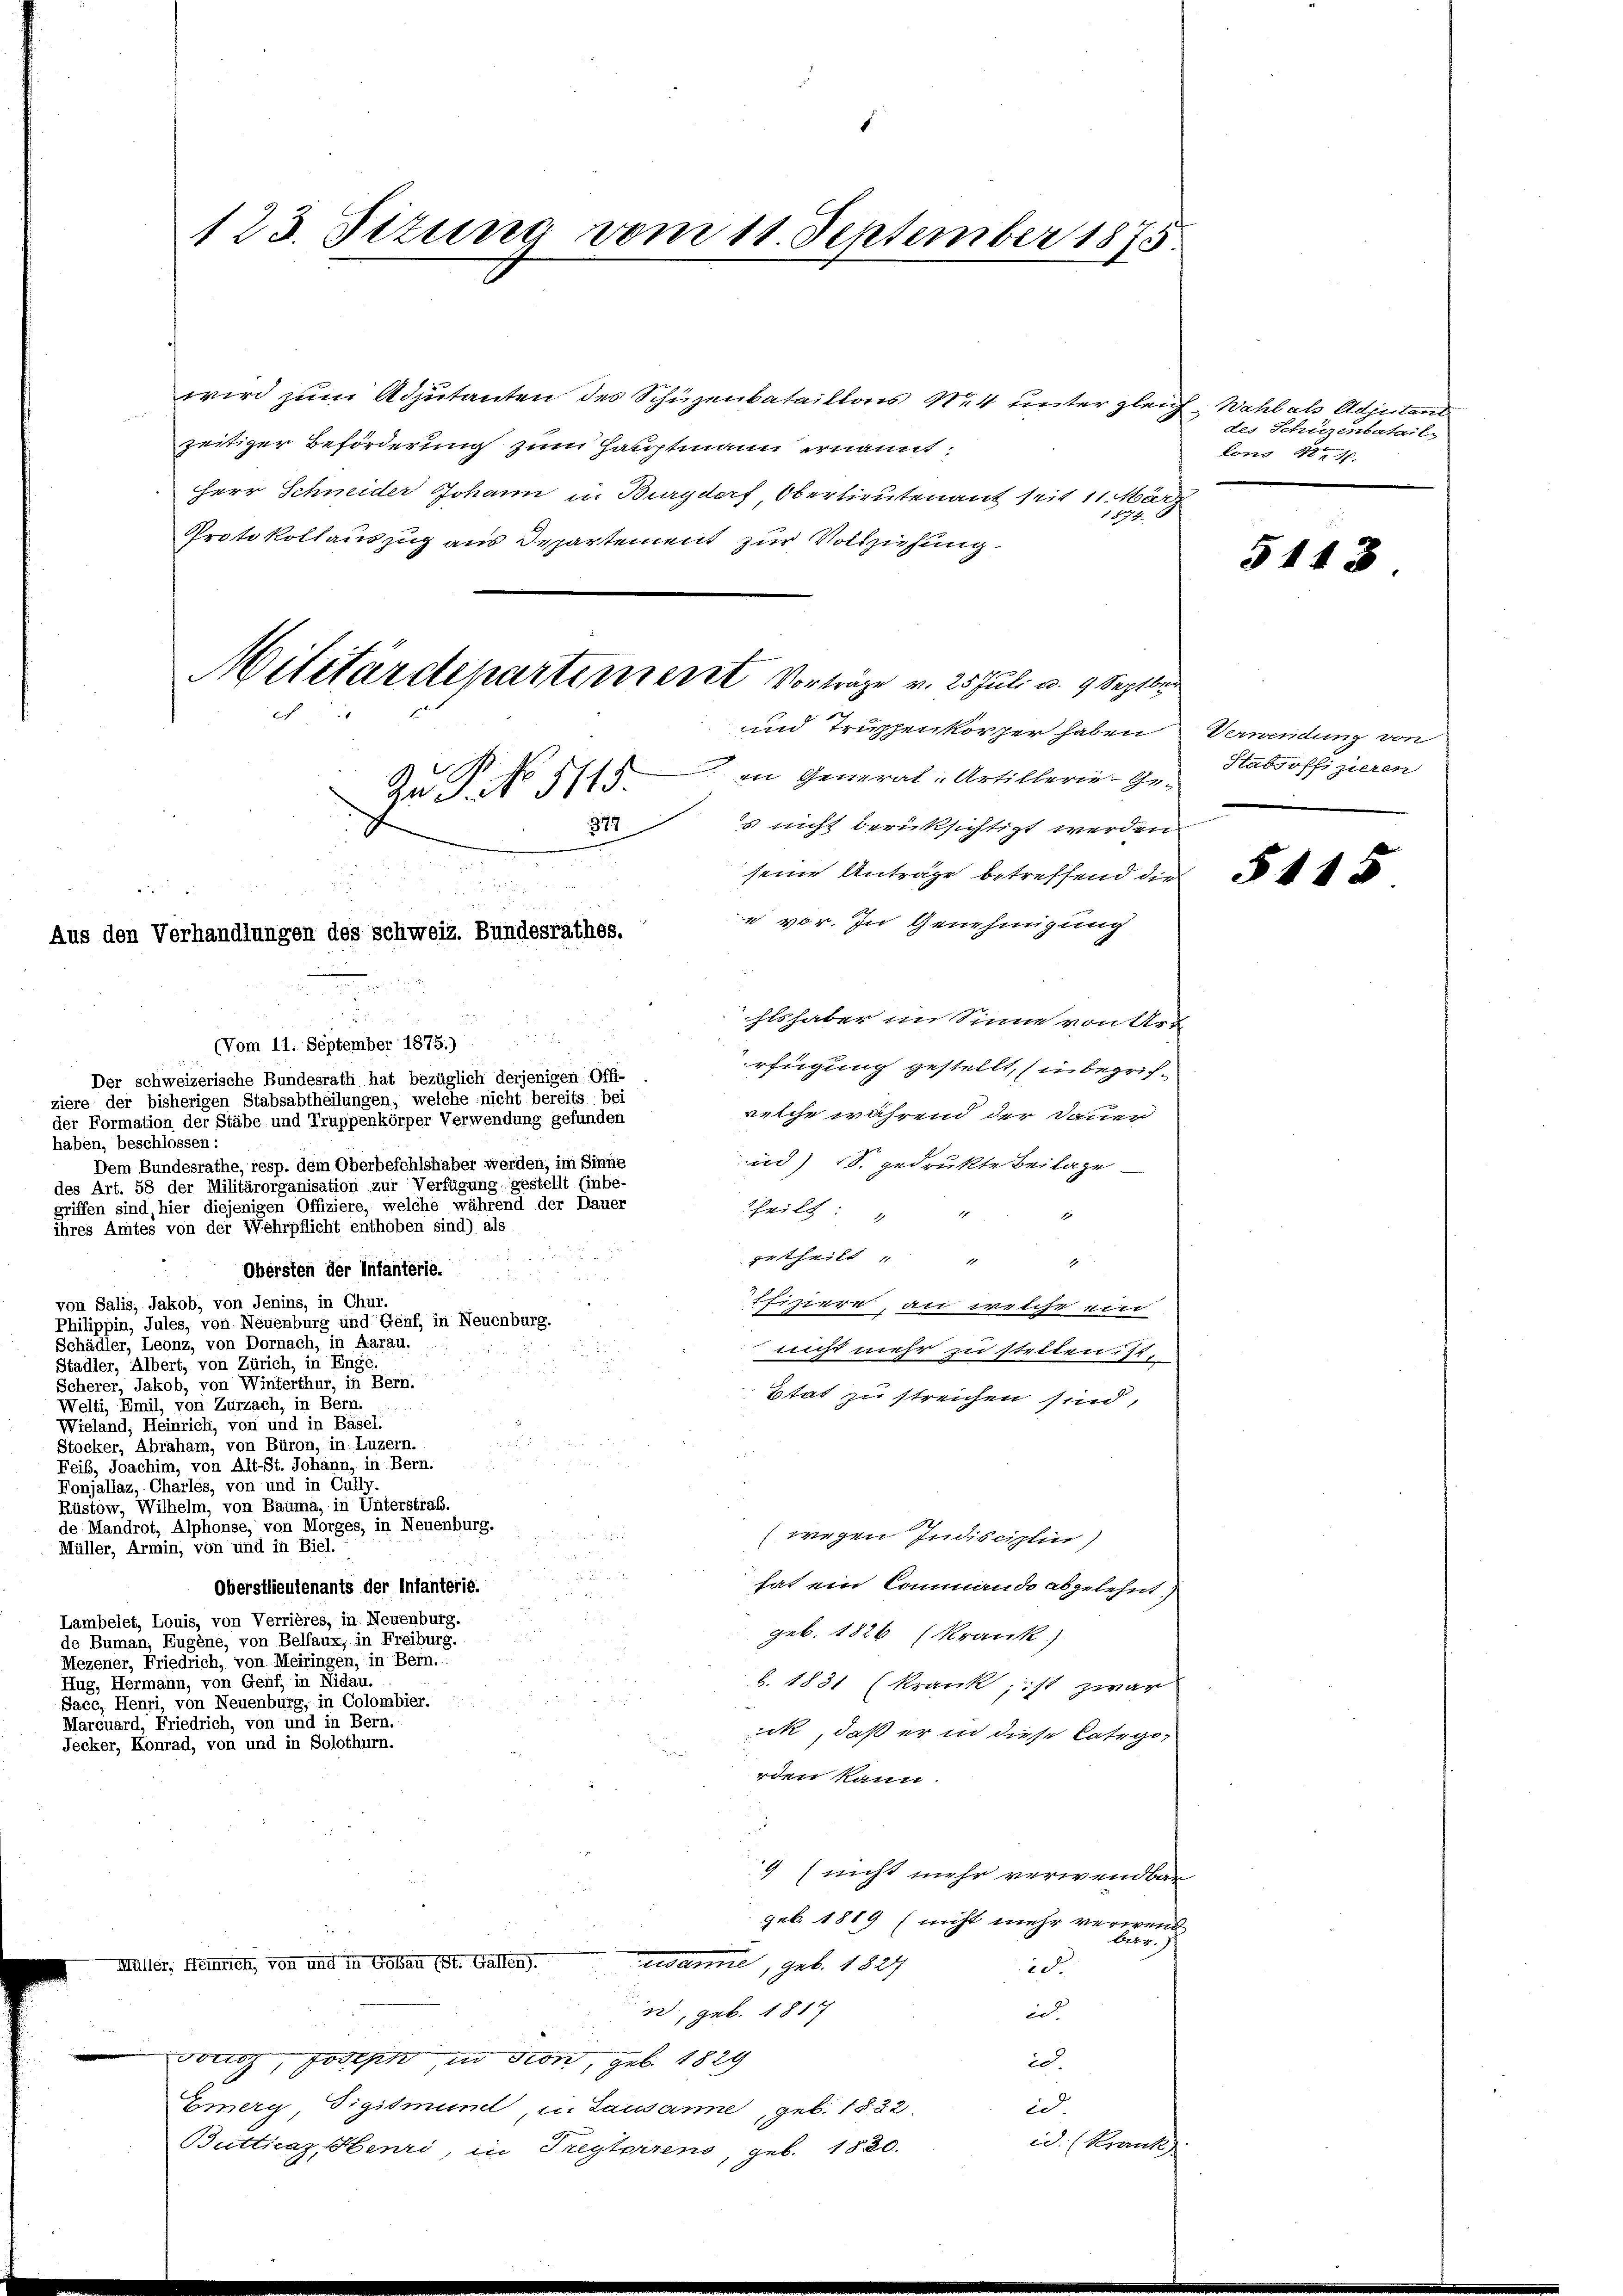
123. Jezung vom 11. September 1875.

haben, beschlossen:

wird zum Adjutanten des Schüzenbataillons der unter gleich Wahl als Adjutand
zeitiger Beförderung zum Hauptmann ernannt,
Herr Schneider Johann in Burgdorf, Oberlieutenant seit 11. März
14.
Protokollauszug aus Departement zur Vollziehung
 in General-Artillerie- Ges nicht berüksichtigt werden.
seine Anträge betreffend die
e vor. zu Genehmigung
Elshaber im Sinne von Art
(Vom 11. September 1875.)
rfügung gestellt, in begrif¬
Der schweizerische Bundesrath hat bezüglich derjenigen Offi-
ziere der bisherigen Stabsabtheilungen, welche nicht bereits bei
welche während der Dauer
der Formation der Stäbe und Truppenkörper Verwendung gefunden
und) S. gedruckte Beilage
Dem Bundesrathe, resp. dem Oberbefehlshaber werden, im Sinne
des Art. 58 der Militärorganisation zur Verfügung gestellt (inbe-
griffen sind, hier diejenigen Offiziere, welche während der Dauer
Theilt: " "
ihres Amtes von der Wehrpflicht enthoben sind) als

getheilt " " "
Obersten der Infanterie.
von Salis, Jakob, von Jenins, in Chur.
Efiziere, an welche ein
Philippin, Jules, von Neuenburg und Genf, in Neuenburg.
Schädler, Leonz, von Dornach, in Aarau.
nicht mehr zu stellen: 14.
Stadler, Albert, von Zürich, in Enge.
Scherer, Jakob, von Winterthur, in Bern.
Etat zu streichen sind,
Welti, Emil, von Zurzach, in Bern.
Wieland, Heinrich, von und in Basel.
Stocker, Abraham, von Büron, in Luzern.
Feib, Joachim, von Alt-St. Johann, in Bern.
Fonjallaz, Charles, von und in Cully.
Rüstow, Wilhelm, von Bauma, in Unterstraf.
de Mandrot, Alphonse, von Morges, in Neuenburg.

wegen Indisciplin
Müller, Armin, von und in Biel.
hat ein Commando abgelehnt,
Oberstlieutenants der Infanterie.
Lambelet, Louis, von Verrières, in Neuenburg.
geb. 1826 (Krank.)
de Buman, Eugene, von Belfaux, in Freiburg.
Mezener, Friedrich, von Meiringen, in Bern.
Hug, Hermann, von Genf, in Nidau.
b. 1831 (Krank, ist zwar
Sacé, Henri, von Neuenburg, in Colombier.
Marcuard, Friedrich, von und in Bern.
ick, daß er in diese Catego¬
Jecker, Konrad, von und in Solothurn.
rden kann.
9 (nicht mehr verwendbar
geb. 1889 (nicht mehr verwend
ewanne, geb. 1827
Müller, Heinrich, von und in Goßau (St. Gallen.
id
n, geb. 1817
id.
Dousz, Joseph, in dien, geb. 1829
ic.
Emerg, Tigismune, in Lausanne, geb. 1832.
ie
id. (Krank
Buttuaz, Henri, in Trestoriens, geb. 1820.

Militärdepartement Vorträge v. 25 Juli u. 9 Septbr
und Truppenkörper haben Verwendung von

Zu P. No 5115.
37
Aus den Verhandlungen des Schweiz. Bundesrathes.

des Schürenbatail-
dono te 1.

5143.

Htabsoffizieren

5115